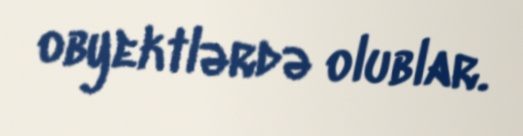
obyektlərdə olublar.